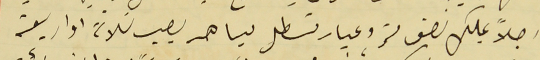
رجلاً يملك نصف متر وعيار قسطل مياهه يصير ثلاثة او اربعة